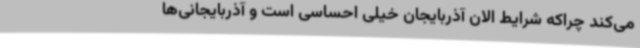
می‌کند چراکه شرایط الان آذربایجان خیلی احساسی است و آذربایجانی‌ها